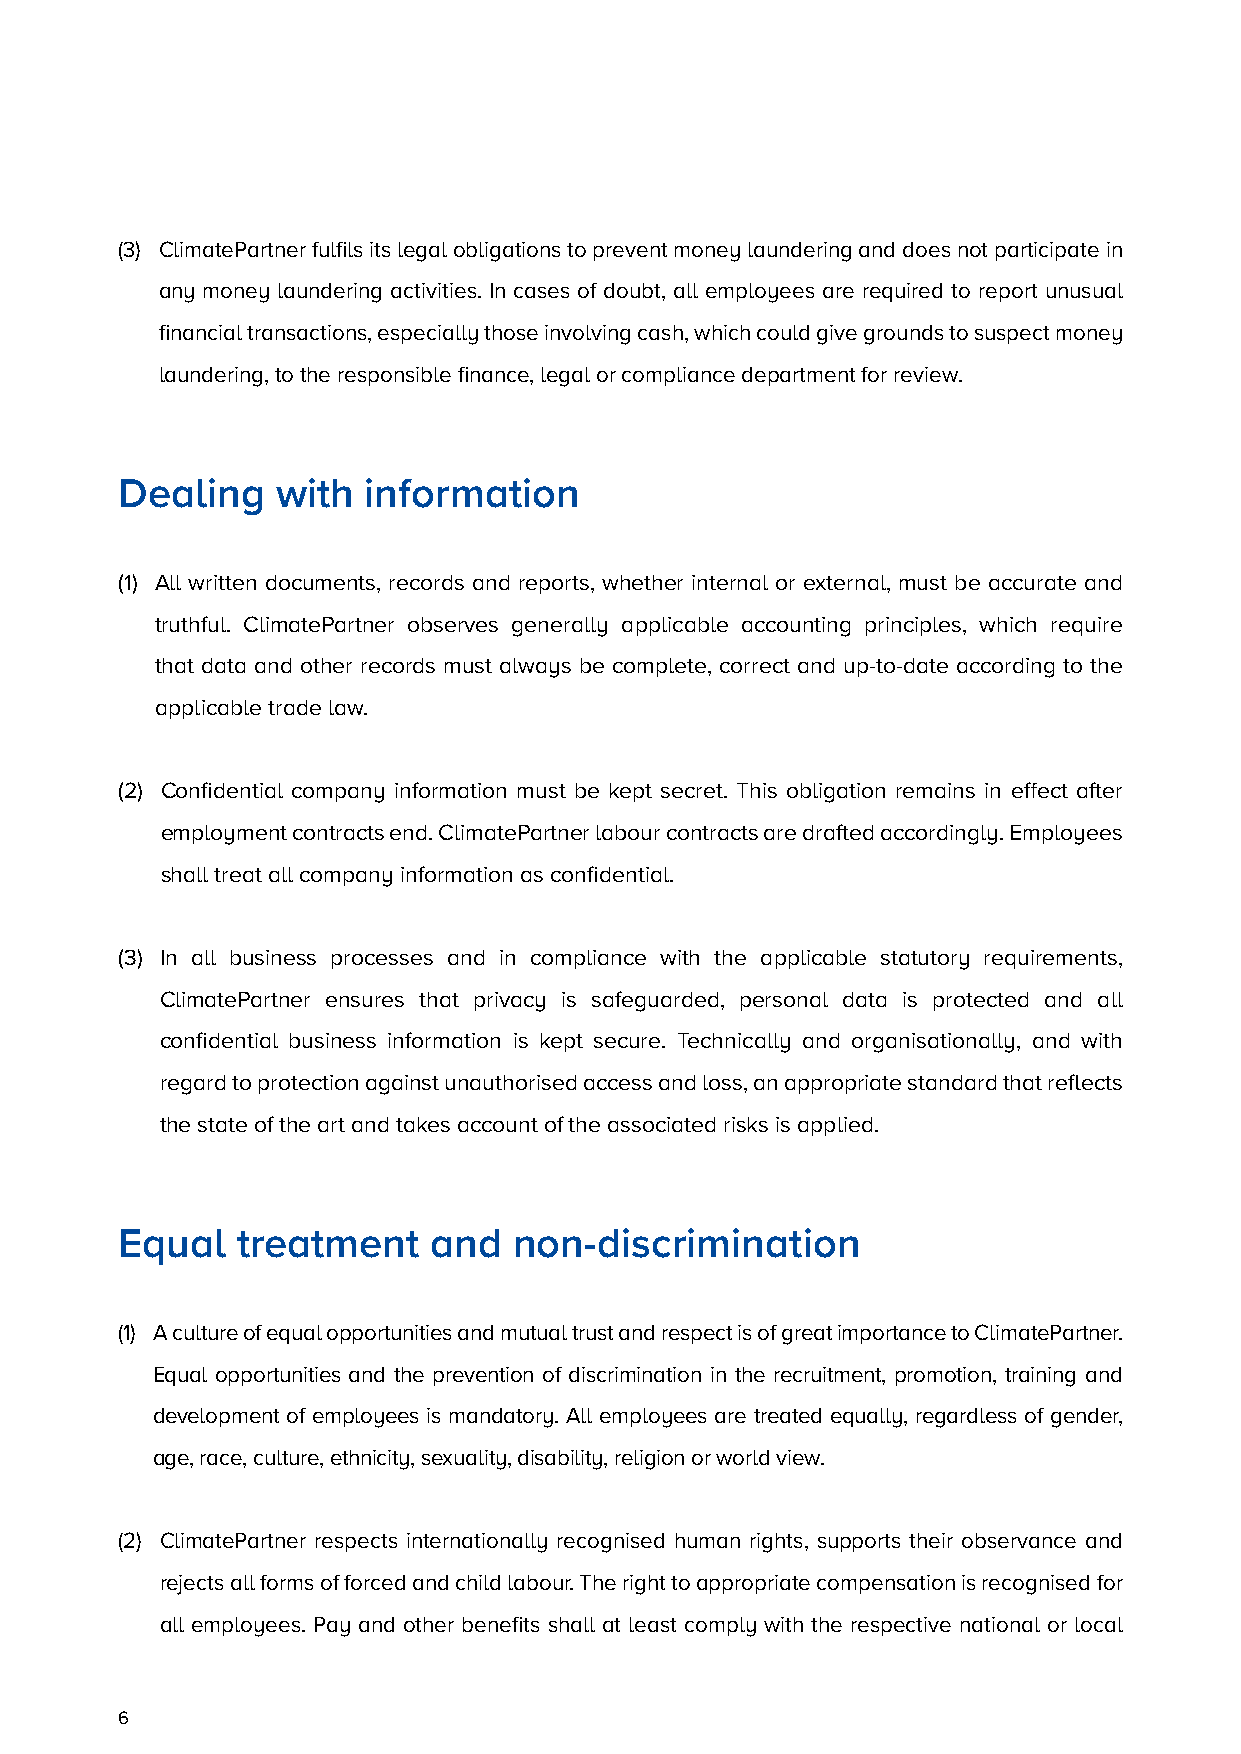
(3) ClimatePartner fulfils its legal obligations to prevent money laundering and does not participate in
 any money laundering activities. In cases of doubt, all employees are required to report unusual
 financial transactions, especially those involving cash, which could give grounds to suspect money
 laundering, to the responsible finance, legal or compliance department for review.
 Dealing   with  information
 (1) A ll written documents, records and reports, whether internal or external, must be accurate and
 truthful. ClimatePartner observes generally applicable accounting principles, which require
 that data and other records must always be complete, correct and up-to-date according to the
 applicable trade law.
 (2) C onfidential company information must be kept secret. This obligation remains in effect after
 employment contracts end. ClimatePartner labour contracts are drafted accordingly. Employees
 shall treat all company information as confidential.
 (3) I n all business processes and in compliance with the applicable statutory requirements,
 ClimatePartner ensures that privacy is safeguarded, personal data is protected and all
 confidential business information is kept secure. Technically and organisationally, and with
 regard to protection against unauthorised access and loss, an appropriate standard that reflects
 the state of the art and takes account of the associated risks is applied.
 Equal   treatment    and  non-discrimination
 (1) A culture of equal opportunities and mutual trust and respect is of great importance to ClimatePartner.
 Equal opportunities and the prevention of discrimination in the recruitment, promotion, training and
 development of employees is mandatory. All employees are treated equally, regardless of gender,
 age, race, culture, ethnicity, sexuality, disability, religion or world view.
 (2) ClimatePartner respects internationally recognised human rights, supports their observance and
 rejects all forms of forced and child labour. The right to appropriate compensation is recognised for
 all employees. Pay and other benefits shall at least comply with the respective national or local
 6